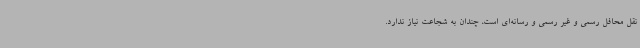
نقل محافل رسمی و غیر رسمی و رسانه‌ای است، چندان به شجاعت نیاز ندارد.